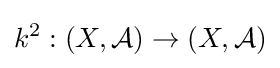
k^{2}:(X,{\mathcal {A}})\to (X,{\mathcal {A}})